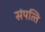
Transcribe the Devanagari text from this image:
संपत्‍ति